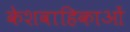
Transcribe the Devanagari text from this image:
केशवाहिकाओं